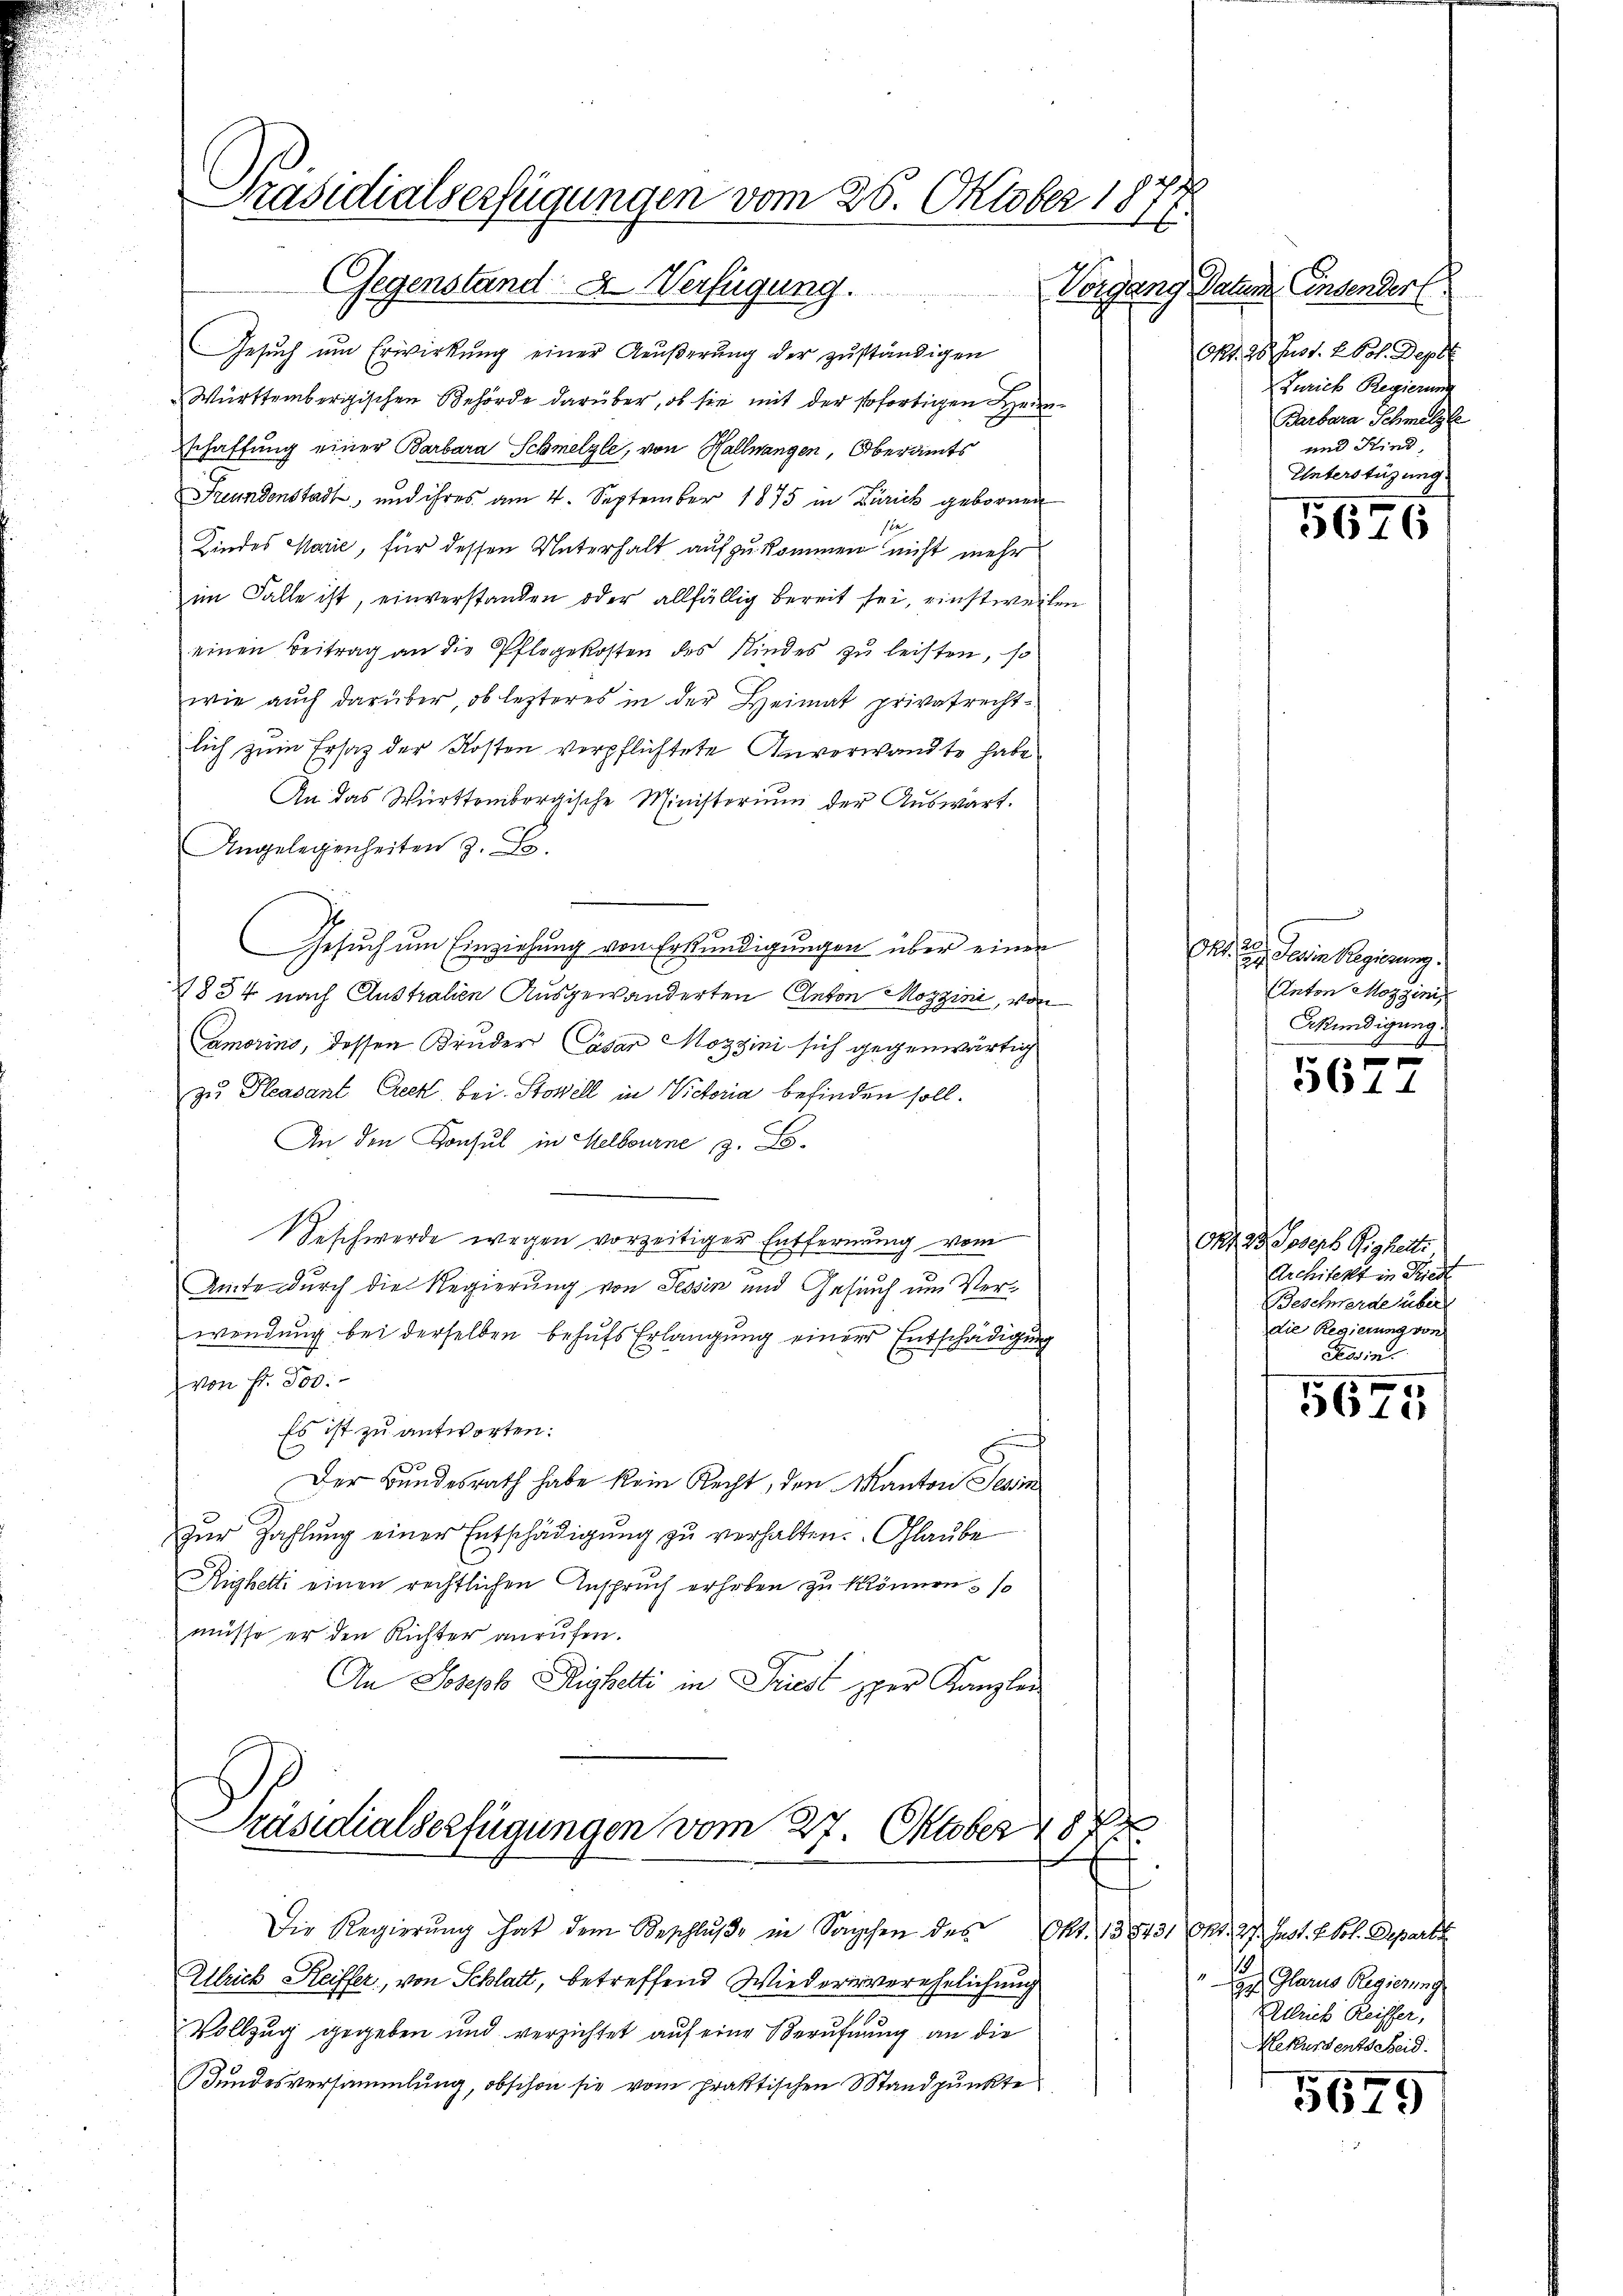
Präsidialserfügungen vom 25. Oktober 1871
Gegenstand & Verfügung.

Gesuch um Erwirkung einer Aeußerung der zuständigen
Württembergischen Behörde darüber, ob sie mit der sofortigen Heinschaffung einer Barbara Schmelzle, von Hallwangen, Oberamts
Freundenstadt, und ihres am 4. September 1875 in Zürich gebornen
se
Kindes Marie, für dessen Unterhalt aufzukommen nicht mehr
im Falle ist, einverstanden oder allfällig bereit sei, einstweilen
einen Beitrag an die Pflegekosten des Kindes zu leisten, so
wie auch darüber, ob lezteres in der Heimat privatrecht-
lich zum Ersatz der Kosten verpflichtete Unverwandte habe
An das Württembergische Ministerium der Auswart.
Angelegenheiten z. B.
Gesuch um Einziehung von Erkundigungen über einer
1834 nach Australien Ausgewänderten Anton Maggini, von
Camorins, dessen Bruder Casar Mozzini sich gegenwärtig
zu Pleasant Beck, bei. Stowill in Victoria befinden soll.
An den Konsul in Helbourne z. B.
Seschwerde wegen vorzeitiger Entfernung vom
Amte durch die Regierung von Tessin und Gesuch um Verwendung bei derselben behufs Erlangung einer Entschädigung
von Fr. 300.
Es ist zu antworten:
Der Bundesrath habe kein Recht, den Manton Sein
zŭr Zahlung einer Entschädigung zu verhalten. Glaube
Righetti einen rechtlichen Anspruch erhoben zu können, so
müsse er den Richter anrufen.
An Joseph Righetti in Triest pper Kanzler

Präsidialserfügungen vom 27. Oktober 18
.

Die Regierŭng hat dem Beschlŭβe in Sachen des Okt. 138431 Okt. 27. Just. 2. Fol. Departet.
Ullrich Heiffer, von Schlatt, betreffend Wiederiverehelichung
Vollzug gegeben und verzichtet auf eine Berufnung an die
Bundesversammlung, obschon sie vom praktischen Standpŭnkte

Vorgang Datum insender
Okt. 28. Just. 2 bot. Dep
Zürich Regierung
Barbara Schmalzle
und Kind,
Unterstüzung

d

5676

pn. 20. Dein Regierung.
s
Anton Mozzini,
Akündigung

f
561.

Org. 23 Joseph Gigheits
Architekt in Riede
Beschwerde über
die Regierung von
Tessin.

1
5611

13)
"ge Glarus Regierung
lrich Reiffer,
Hekursents eid.

5675